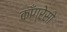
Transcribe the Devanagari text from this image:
काँग्रेसो